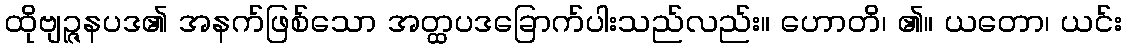
ထိုဗျဉ္ဇနပဒ၏ အနက်ဖြစ်သော အတ္ထပဒခြောက်ပါးသည်လည်း။ ဟောတိ၊ ၏။ ယတော၊ ယင်း